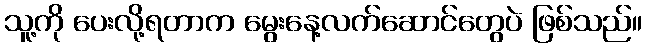
သူ့ကို ပေးလို့ရတာက မွေးနေ့လက်ဆောင်တွေပဲ ဖြစ်သည်။